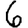
Digit: 6